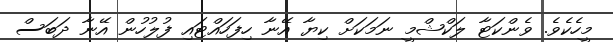
މީހެކެވެ. ވެންކަޓާ ލަކްޝްމީ ނަމަކަށް ކިޔާ އޭނާ ހިފަހައްޓައި ފުލުހުން އޭނާ ދަބަސް